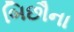
બિછૌના